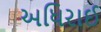
અધિરાઈ